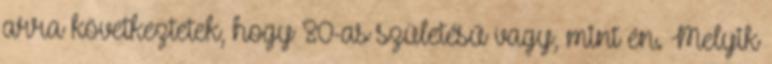
arra következtetek, hogy 80-as születésű vagy, mint én. Melyik